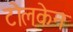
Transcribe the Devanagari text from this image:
टोलकेन